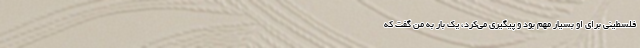
فلسطینی برای او بسیار مهم بود و پیگیری می‌کرد، یک بار به من گفت که